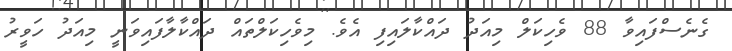
ގެނެސްފައިވާ 88 ވެހިކަލް މިއަދު ދައްކާލައިފި އެވެ. މިވެހިކަލްތައް ދައްކާލާފައިވަނީ މިއަދު ހަވީރު